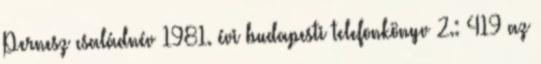
Pernesz családnév 1981. évi budapesti telefonkönyv 2.: 419 az